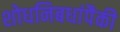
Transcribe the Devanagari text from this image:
शोधनिबधांपैकी